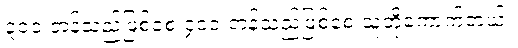
၃၀၀ တန်သည်ဖြစ်စေ ၄၀၀ တန်သည်ဖြစ်စေ သူတို့ကောက်တယ်။